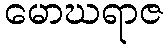
မောဃရာဇ